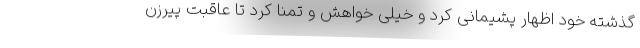
گذشته خود اظهار پشیمانی کرد و خیلی خواهش و تمنا کرد تا عاقبت پیرزن